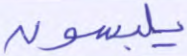
يلبسون